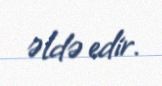
əldə edir.